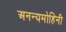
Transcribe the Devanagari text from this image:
अनन्यमोहिनी